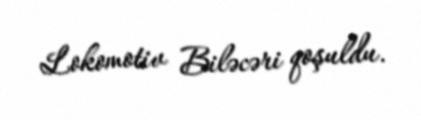
Lokomotiv Biləcəri qoşuldu.